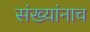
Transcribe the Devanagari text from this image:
संख्यांनाच